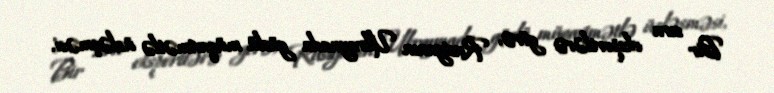
Bir sıra ekspertlərə görə, Rusiyanın Ukraynada güclü müqavimətlə üzləşməsi,